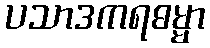
ပသာဒကရဓမ္မာ